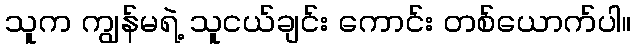
သူက ကျွန်မရဲ့ သူငယ်ချင်း ကောင်း တစ်ယောက်ပါ။